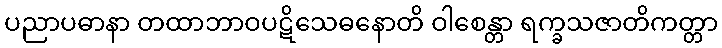
ပညာပဓာနာ တထာဘာဝပဋိသေဓနောတိ ဝါစေန္တာ ရက္ခသဇာတိကတ္တာ